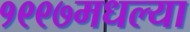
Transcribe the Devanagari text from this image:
१९९७मधल्या